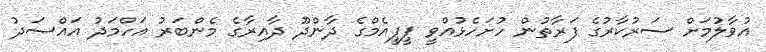
އުވާލުމަށް ސަރުކާރުގެ ފަރާތުން ހުށަހެޅުއްވީ ޕީޕީއެމްގެ ދާންދޫ ދާއިރާގެ މެންބަރު އަހްމަދު އައްސަދު